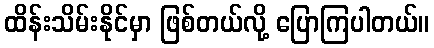
ထိန်းသိမ်းနိုင်မှာ ဖြစ်တယ်လို့ ပြောကြပါတယ်။